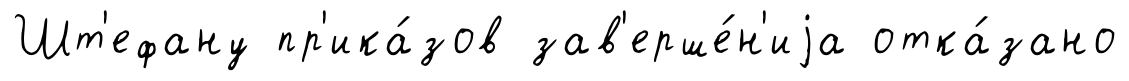
Шт'ефану пр'ика́зов зав'ерше́н'иjа отка́зано